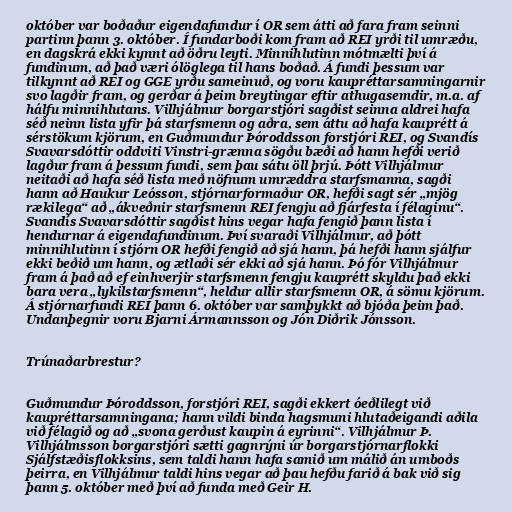
október var boðaður eigendafundur í OR sem átti að fara fram seinni
partinn þann 3. október. Í fundarboði kom fram að REI yrði til umræðu,
en dagskrá ekki kynnt að öðru leyti. Minnihlutinn mótmælti því á
fundinum, að það væri ólöglega til hans boðað. Á fundi þessum var
tilkynnt að REI og GGE yrðu sameinuð, og voru kaupréttarsamningarnir
svo lagðir fram, og gerðar á þeim breytingar eftir athugasemdir, m.a. af
hálfu minnihlutans. Vilhjálmur borgarstjóri sagðist seinna aldrei hafa
séð neinn lista yfir þá starfsmenn og aðra, sem áttu að hafa kauprétt á
sérstökum kjörum, en Guðmundur Þóroddsson forstjóri REI, og Svandís
Svavarsdóttir oddviti Vinstri-grænna sögðu bæði að hann hefði verið
lagður fram á þessum fundi, sem þau sátu öll þrjú. Þótt Vilhjálmur
neitaði að hafa séð lista með nöfnum umræddra starfsmanna, sagði
hann að Haukur Leósson, stjórnarformaður OR, hefði sagt sér „mjög
rækilega“ að „ákveðnir starfsmenn REI fengju að fjárfesta í félaginu“.
Svandís Svavarsdóttir sagðist hins vegar hafa fengið þann lista í
hendurnar á eigendafundinum. Því svaraði Vilhjálmur, að þótt
minnihlutinn í stjórn OR hefði fengið að sjá hann, þá hefði hann sjálfur
ekki beðið um hann, og ætlaði sér ekki að sjá hann. Þó fór Vilhjálmur
fram á það að ef einhverjir starfsmenn fengju kauprétt skyldu það ekki
bara vera „lykilstarfsmenn“, heldur allir starfsmenn OR, á sömu kjörum.
Á stjórnarfundi REI þann 6. október var samþykkt að bjóða þeim það.
Undanþegnir voru Bjarni Ármannsson og Jón Diðrik Jónsson.

Trúnaðarbrestur?

Guðmundur Þóroddsson, forstjóri REI, sagði ekkert óeðlilegt við
kaupréttarsamningana; hann vildi binda hagsmuni hlutaðeigandi aðila
við félagið og að „svona gerðust kaupin á eyrinni“. Vilhjálmur Þ.
Vilhjálmsson borgarstjóri sætti gagnrýni úr borgarstjórnarflokki
Sjálfstæðisflokksins, sem taldi hann hafa samið um málið án umboðs
þeirra, en Vilhjálmur taldi hins vegar að þau hefðu farið á bak við sig
þann 5. október með því að funda með Geir H.